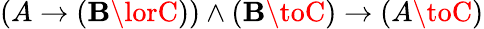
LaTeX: (A\to(\mathbf{B}\lorC))\land(\mathbf{B}\toC)\to(A\toC)